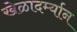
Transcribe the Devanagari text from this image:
खेळादर्म्यान